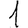
Digit: 1